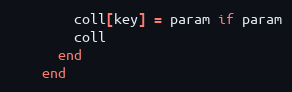
Language: Ruby
        coll[key] = param if param
        coll
      end
    end